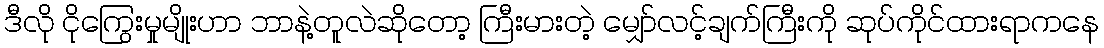
ဒီလို ငိုကြွေးမှုမျိုးဟာ ဘာနဲ့တူလဲဆိုတော့ ကြီးမားတဲ့ မျှော်လင့်ချက်ကြီးကို ဆုပ်ကိုင်ထားရာကနေ